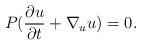
LaTeX: \begin{align*}P(\frac{\partial u}{\partial t} + \nabla_u u ) = 0.\end{align*}